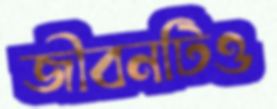
জীবনটিও